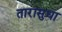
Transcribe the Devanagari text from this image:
तारासुधा